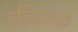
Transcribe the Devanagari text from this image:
इत्तिफ़ाक़